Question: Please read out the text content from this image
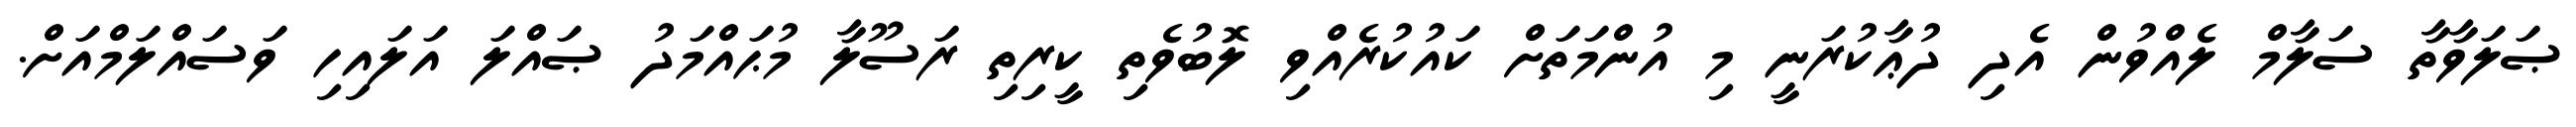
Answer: ޞަލަވާތާ ސަލާމް ލެއްވުން އެދި ދުޢާކުރަނީ މި އުންމަތަށް ކައުކުރެއްވި ލޮބުވެތި ކީރިތި ރަސޫލާ މުޙައްމަދު ޞައްލަ އަލައިހި ވަސައްލަމްއަށް.